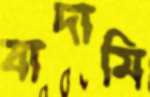
বাদামি